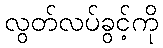
လွတ်လပ်ခွင့်ကို